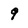
Character: 9